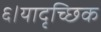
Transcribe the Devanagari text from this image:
६।यादृच्छिक